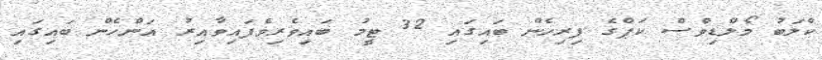
ކްލަބު މޯލްޑިވްސް ކަޕްގެ ފިރިހެން ބައިގައި 32 ޓީމު ބައިވެރިވެފައިވާއިރު އަންހެން ބައިގައި